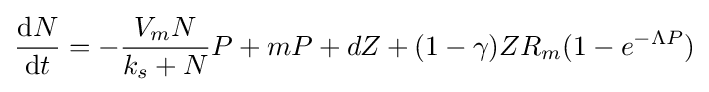
{\frac {\mathrm {d} N}{\mathrm {d} t}}=-{\frac {V_{m}N}{k_{s}+N}}P+mP+dZ+(1-\gamma )ZR_{m}(1-e^{-\Lambda P})